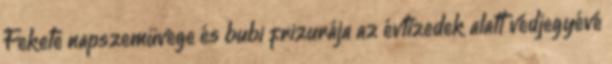
Fekete napszemüvege és bubi frizurája az évtizedek alatt védjegyévé